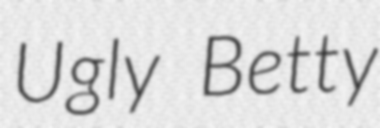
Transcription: Ugly Betty